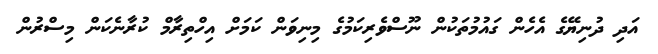
އަދި ދުނިޔޭގެ އެހެން ގައުމުތަކުން ނޫސްވެރިކަމުގެ މިނިވަން ކަމަށް އިހްތިރާމް ކުރާނެކަން މިސްރުން